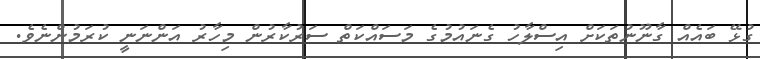
ގުޅޭ ބައެއް ގާނޫނުތަކަށް އިސްލާހު ގެނައުމުގެ މަސައްކަތް ސަރުކާރުން މިހާރު އަންނަނީ ކުރަމުންނެވެ.